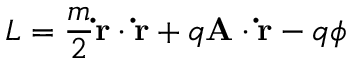
L = { \frac { m } { 2 } } \mathbf { \dot { r } } \cdot \mathbf { \dot { r } } + q \mathbf { A } \cdot \mathbf { \dot { r } } - q \phi